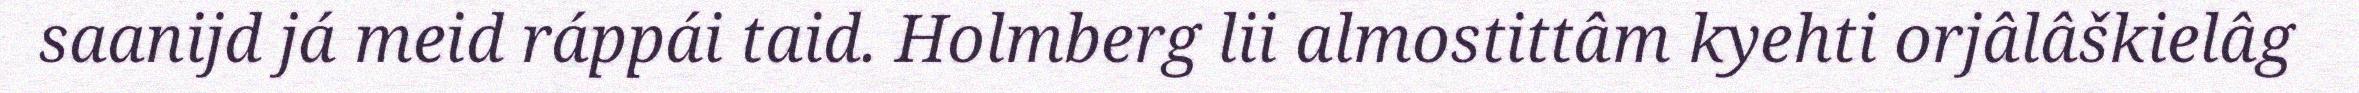
saanijd já meid ráppái taid. Holmberg lii almostittâm kyehti orjâlâškielâg